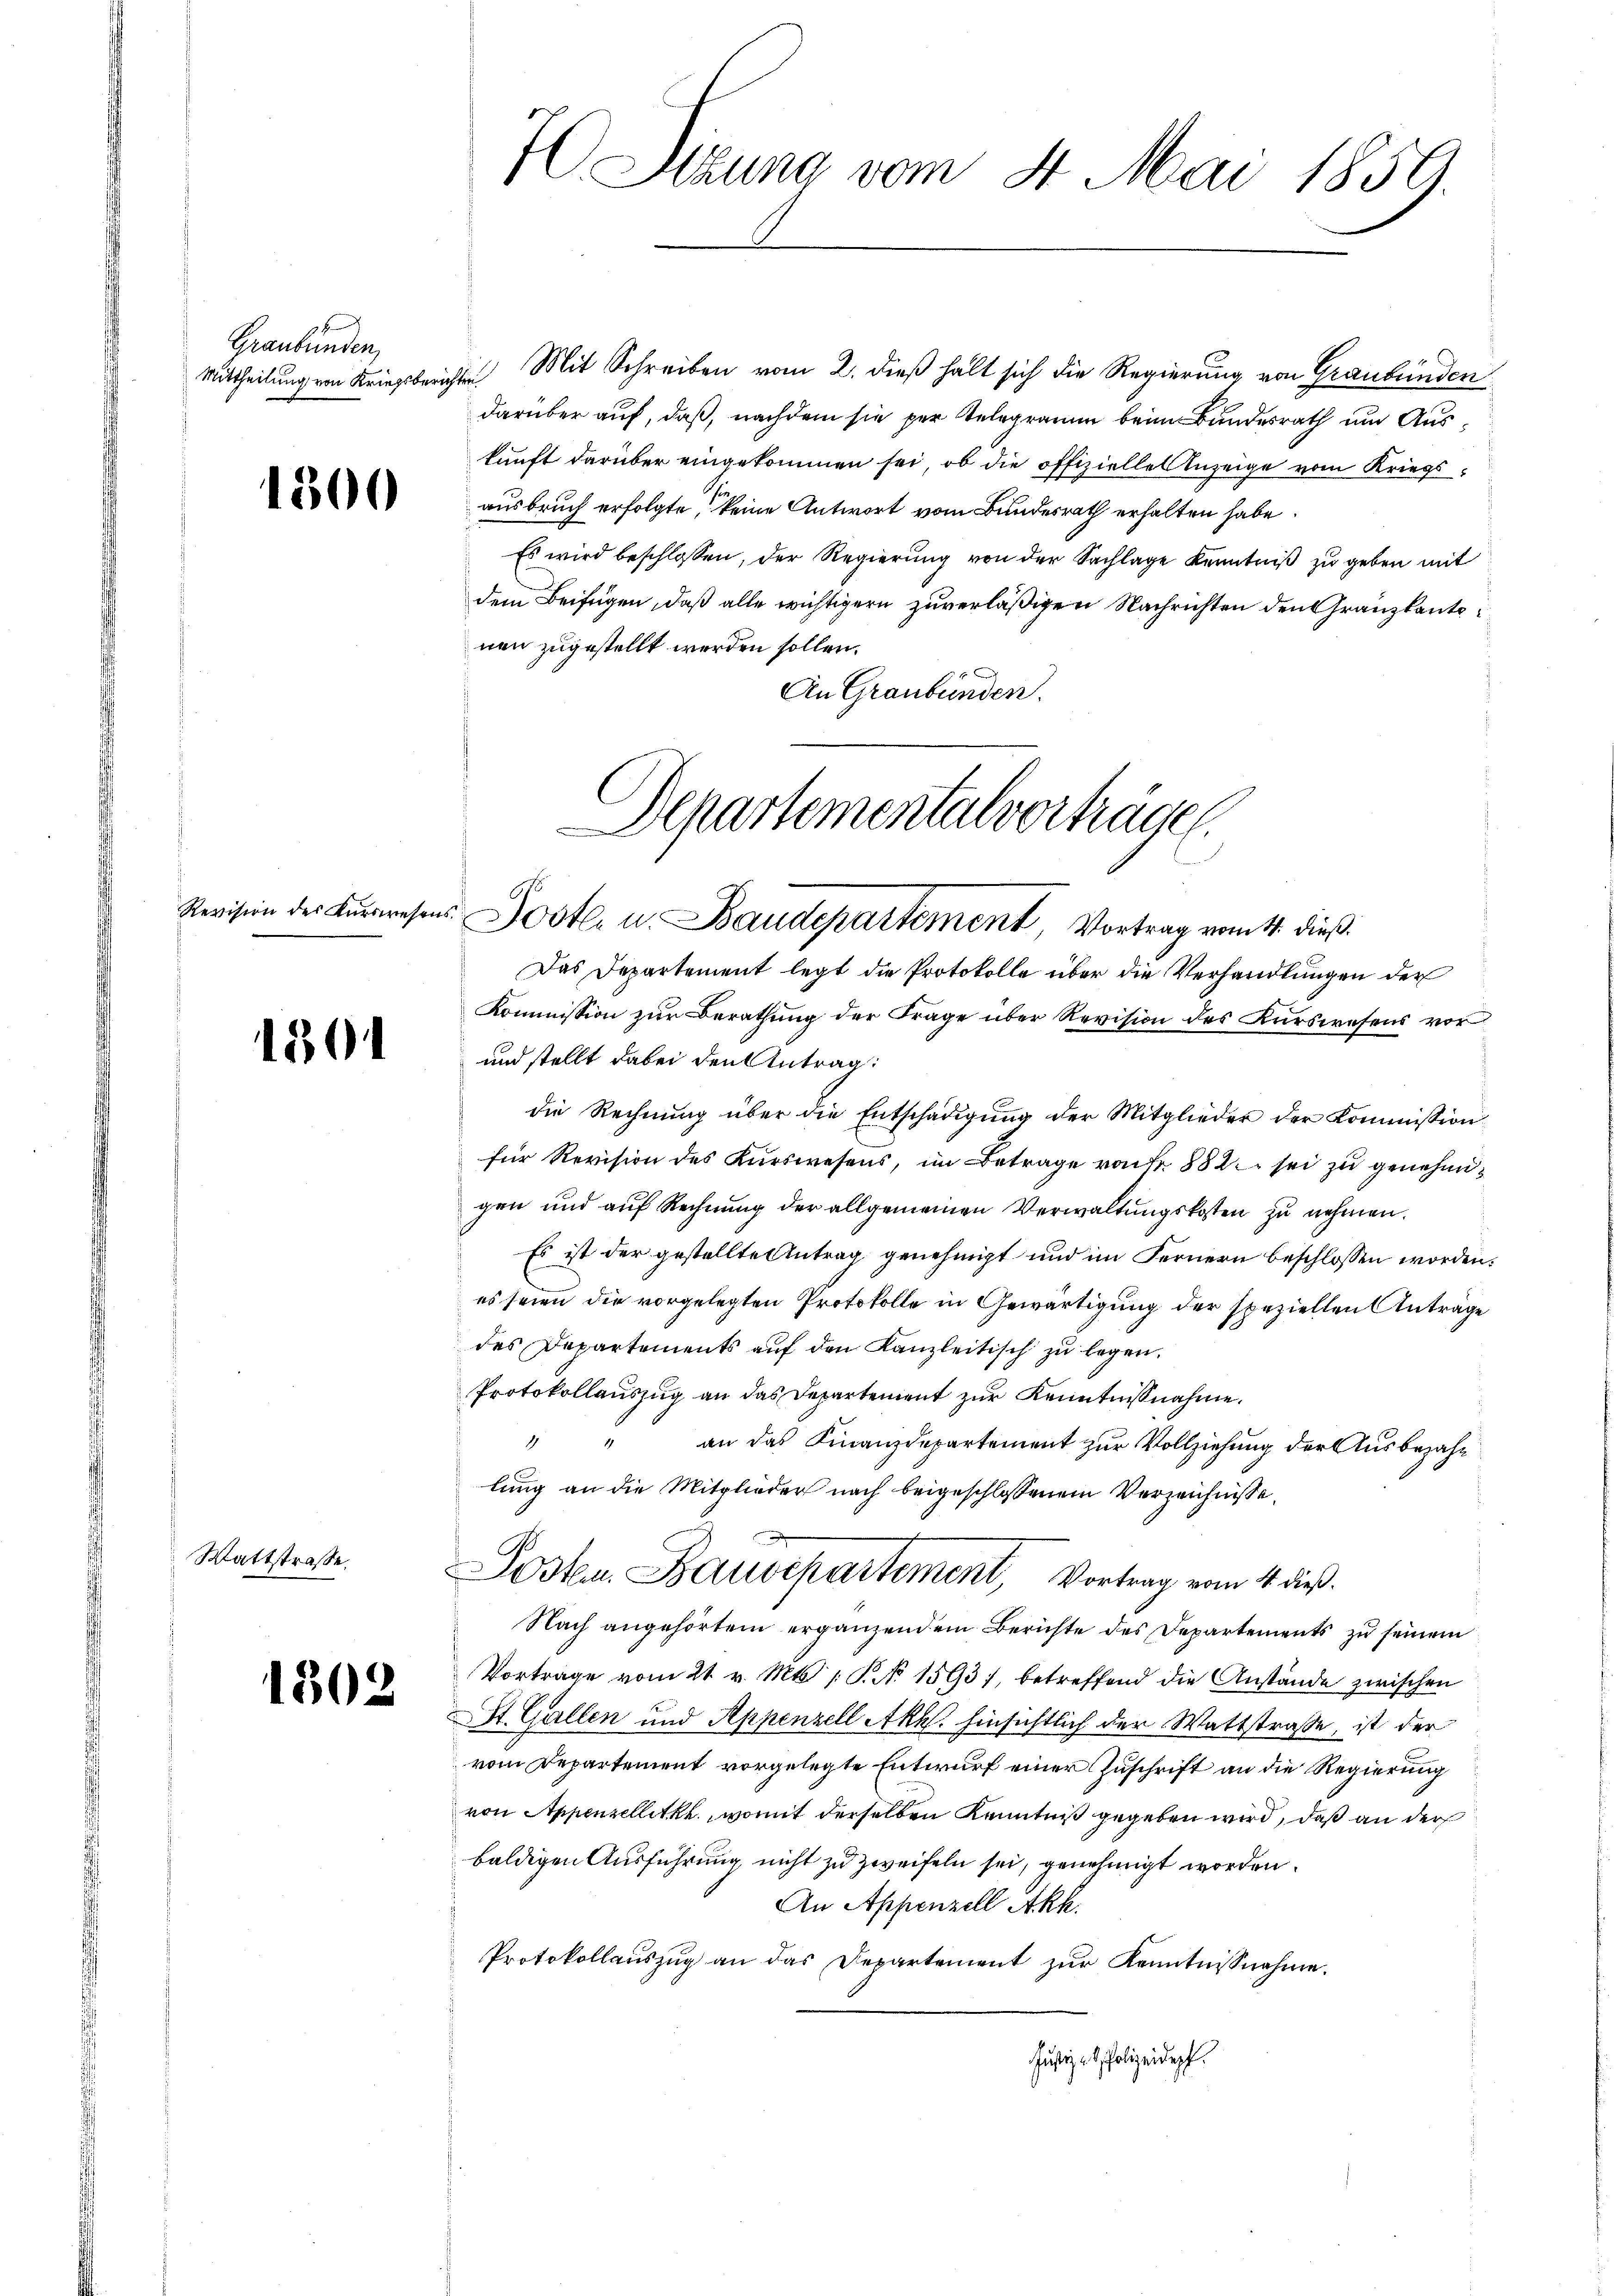
Graubünden,

Wattstraße.

1800

1801

1302

Mittheilung von Kriegsberichten Mit Schreiben vom 2. dieß halt sich die Regierung von Graubünden
darüber auf, daß, nachdem sie per Telegramm beim Bundesrath und Auskunft darüber eingekommen sei, ob die offizielle Anzeige vom Kriegsausbruch erfolgte, keine Antwort vom Bundesrath erhalten habe.
Es wird beschlossen, der Regierung von der Sachlage Kenntniß zu geben mit
dem Beifügen, daß alle wichtigern zuverläßigen Nachrichten den Granzkanto
nen zugestellt werden sollen.
An Graubünden.
Departementalverträgen.

Stzung vom 4. Mai 1859.

Revision des Kŭrrwesens Postl. u. Baudepartement Vortrag vom 4. dieß.

Das Departement legt die Protokolle über die Verhandlungen der
Kommission zur Berathung der Frage über Revision des Kurswesens vor
und stellt dabei den Antrag:
die Rechnŭng über die Entschädigŭng der Mitglieder der Kommission
für Revision des Kurswesens, im Betrage vor 882 sei zu genehmigen und auf Rechnung der allgemeinen Verwaltungskosten zu nehmen.
Es ist der gestellte Antrag genehmigt und im Fernern beschlossen worden.
es seien die vorgelegten Protokolle in Gewärtigung der speziellen Anträge
des Departements auf den Kanzleitisch zu legen.
Protokollauszug an das Departement zur Kenntnißnahme.
4
1
an das Finanzdepartement zur Vollziehung der Ausbezahlung an die Mitglieder nach beigeschlossenem Verzeichnisse,
Posten Baudepartement, Vortrag vom 4. dieß.
Nach angehörtem ergänzendem Berichte des Departements zu seinem
Vortrage vom 21. v. Mts. 1 § 1593), betreffend die Anstände zwischen
St. Gallen und Appenzell Akh. hinsichtlich der Wattstraße, ist der
vom Departement vorgelegte Entwurf einer Zuschrift an die Regierung
von Appenzellitk., womit derselben Kenntniß gegeben wird, daß an der
baldigen Ausführung nicht zu zweifeln sei, genehmigt worden.
An Appenzell Akh.
Protokollauszug an das Departement zur Kenntnisnahme.
Justiz in Polizeidep